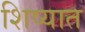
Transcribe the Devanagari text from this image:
शिष्यात